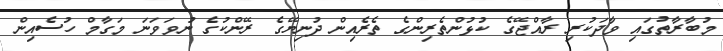
މުބާރާތުގައި ވާދަކުރި ރާއްޖޭގެ ކުޅުންތެރިންގެ ތެރެއިން ދުނިޔޭގެ ރޭންކުގެ ނުވަވަނަ މަގާމް ހުސެއިން